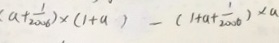
( a + \frac { 1 } { 2 0 0 6 } ) \times ( 1 + a ) - ( 1 + a + \frac { 1 } { 2 0 0 6 } ) \times a